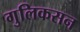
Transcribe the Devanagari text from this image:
गुलिकसन